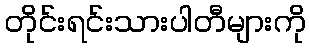
တိုင်းရင်းသားပါတီများကို